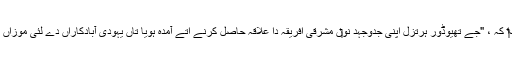
چیمبرلین نے اپنے سفر دے دوران محسوس کيت‏‏ا کہ ، "جے تھیوڈور ہرتزل اپنی جدوجہد نو‏‏ں مشرقی افریقہ دا علاقہ حاصل کرنے اُتے آمدہ ہويا تاں یہودی آبادکاراں دے لئی موزاں زمین تلاش کرنے وچ کوئی دقت نئيں ہوئے گی۔